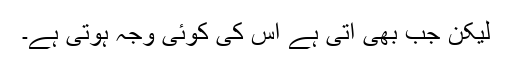
لیکن جب بھی آتی ہے اس کی کوئی وجہ ہوتی ہے۔